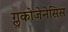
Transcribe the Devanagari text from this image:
ग्लुकोजेनेसिस